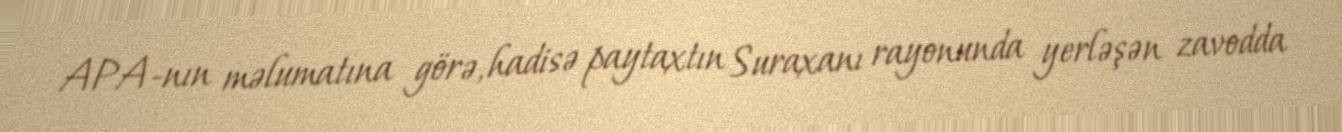
APA-nın məlumatına görə, hadisə paytaxtın Suraxanı rayonunda yerləşən zavodda